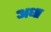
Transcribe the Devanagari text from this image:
अधा